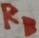
Text: RB